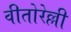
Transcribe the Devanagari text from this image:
वीतोरेल्ली